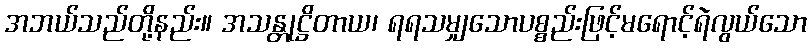
အဘယ်သည်တို့နည်း။ အသန္တုဋ္ဌိတာယ၊ ရရသမျှသောပစ္စည်းဖြင့်မရောင့်ရဲလွယ်သော